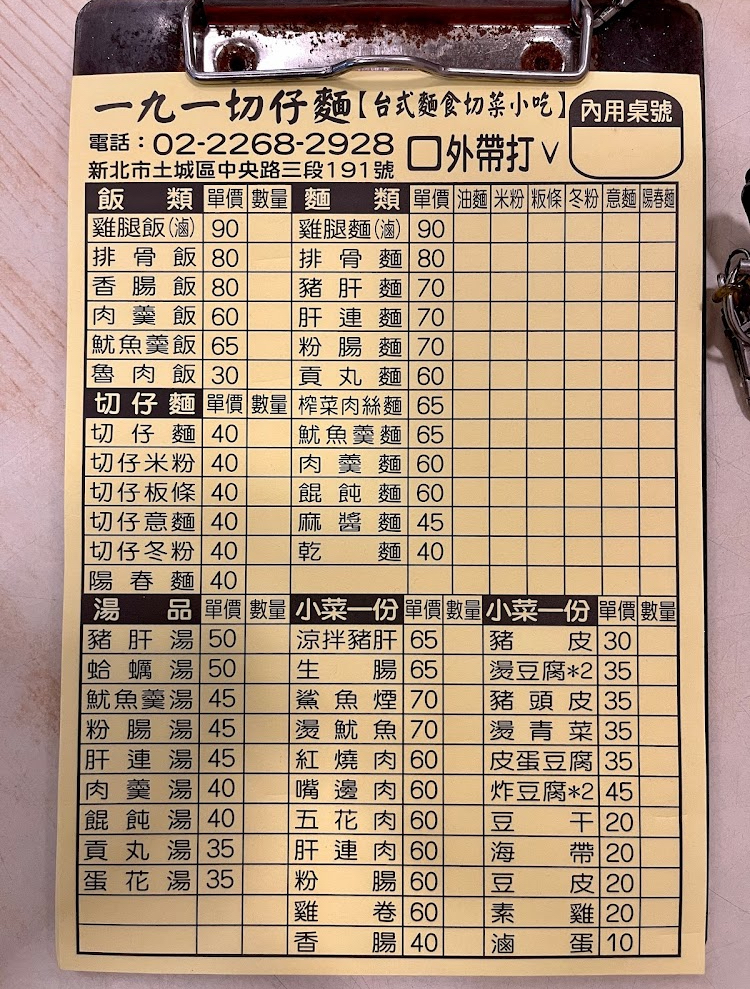
餐廳：一九一切仔麵【台式麵食切菜小吃】
地址：新北市土城區中央路三段191號
電話：02-2268-2928
菜單：
name: 雞腿飯(滷)
price: 90
name: 雞腿麵(滷)
price: 90
name: 排骨飯
price: 80
name: 排骨麵
price: 80
name: 香腸飯
price: 80
name: 豬肝麵
price: 70
name: 肉羹飯
price: 60
name: 肝連麵
price: 70
name: 魷魚羹飯
price: 65
name: 粉腸麵
price: 70
name: 魯肉飯
price: 30
name: 榨菜肉絲麵
price: 65
name: 切仔麵
price: 40
name: 魷魚羹麵
price: 65
name: 切仔米粉
price: 40
name: 肉羹麵
price: 60
name: 切仔板條
price: 40
name: 餛飩麵
price: 60
name: 切仔意麵
price: 40
name: 麻醬麵
price: 45
name: 切仔冬粉
price: 40
name: 乾麵
price: 40
name: 陽春麵
price: 40
name: 豬肝湯
price: 50
name: 蛤蠣湯
price: 50
name: 魷魚羹湯
price: 45
name: 粉腸湯
price: 45
name: 肝連湯
price: 45
name: 肉羹湯
price: 40
name: 餛飩湯
price: 40
name: 貢丸湯
price: 35
name: 蛋花湯
price: 35
name: 涼拌豬肝
price: 65
name: 生腸
price: 65
name: 鯊魚煙
price: 70
name: 燙魷魚
price: 70
name: 紅燒肉
price: 60
name: 嘴邊肉
price: 60
name: 五花肉
price: 60
name: 肝連肉
price: 60
name: 粉腸
price: 60
name: 雞卷
price: 60
name: 香腸
price: 40
name: 豬皮
price: 30
name: 燙豆腐
price: 35
name: 豬頭皮
price: 35
name: 燙青菜
price: 35
name: 皮蛋豆腐
price: 35
name: 炸豆腐
price: 45
name: 豆干
price: 20
name: 海帶
price: 20
name: 豆皮
price: 20
name: 素雞
price: 20
name: 滷蛋
price: 10